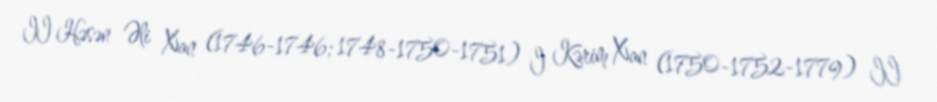
II Həsən Əli Xan (1746-1746; 1748-1750-1751) I Kərim Xan (1750-1752-1779) II